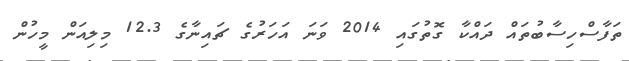
ތަފާސްހިސާބުތައް ދައްކާ ގޮތުގައި 2014 ވަނަ އަހަރުގެ ޗައިނާގެ 12.3 މިލިއަން މީހުން